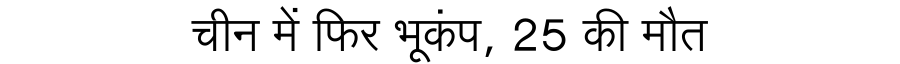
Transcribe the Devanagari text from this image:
चीन में फिर भूकंप, 25 की मौत